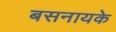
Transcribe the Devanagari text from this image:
बसनायके